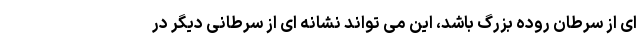
ای از سرطان روده بزرگ باشد، این می تواند نشانه ای از سرطانی دیگر در